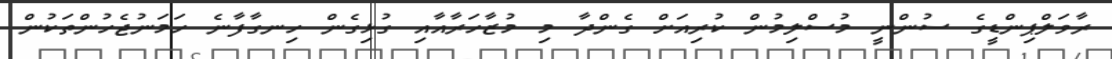
ރާވަލްޕިންޑީގެ ސުންނީ މުސްލިމުން ކުރިއަށް ގެންދާ މި މުޒާހަރާއާއި ގުޅިގެން ހިނގާފާނެ ހަމަނުޖެހުންތަކުން